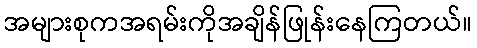
အများစုကအရမ်းကိုအချိန်ဖြုန်းနေကြတယ်။